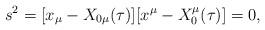
LaTeX: \begin{align*}s^2= [x_\mu -X_{0\mu}(\tau)][x^\mu - X^\mu _0(\tau)] =0 ,\end{align*}